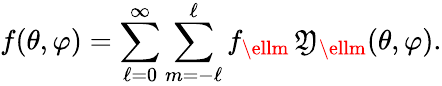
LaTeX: f(\theta,\varphi)=\sum_{\ell=0}^{\infty}\sum_{m=-\ell}^{\ell}f_{\ellm}\, \mathfrak{Y}_{\ellm}(\theta,\varphi).